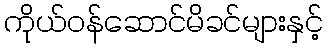
ကိုယ်ဝန်ဆောင်မိခင်များနှင့်